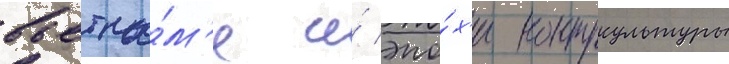
вьетна́м'е и́ эпо́х'и контркультуры